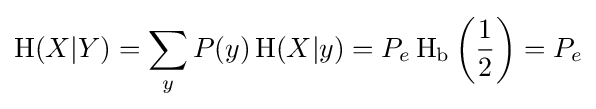
\operatorname {H} (X|Y)=\sum _{y}P(y)\operatorname {H} (X|y)=P_{e}\operatorname {H} _{\text{b}}\left({\frac {1}{2}}\right)=P_{e}